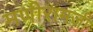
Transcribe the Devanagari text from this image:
मणीरामजी